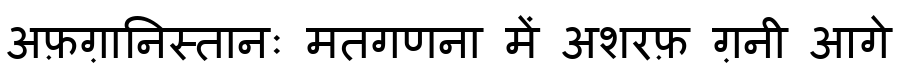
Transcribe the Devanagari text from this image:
अफ़ग़ानिस्तानः मतगणना में अशरफ़ ग़नी आगे